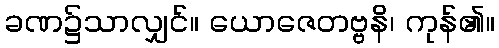
ခဏ၌သာလျှင်။ ယောဇေတဗ္ဗနိ၊ ကုန်၏။